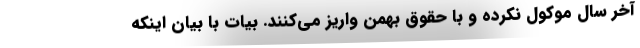
آخر سال موکول نکرده و با حقوق بهمن واریز می‌کنند. بیات با بیان اینکه